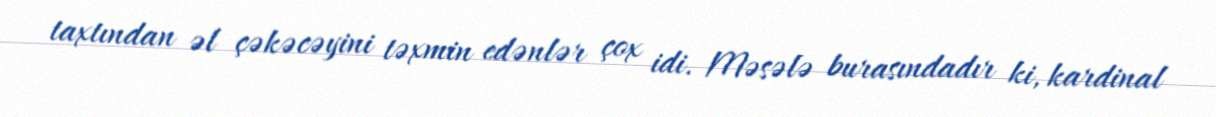
taxtından əl çəkəcəyini təxmin edənlər çox idi. Məsələ burasındadır ki, kardinal